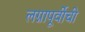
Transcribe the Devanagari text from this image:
लग्नापूर्वीची